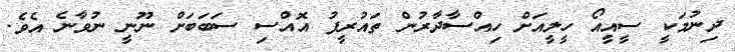
ދިނުމަކީ ސީއީއޯ ހީލީއަށް ހިއްސާދާރުން ތައުރީފު އޮއްސި ސަބަބަށް ނޫނީ ނުވާނެ އެވެ.